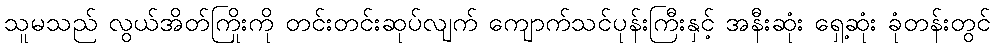
သူမသည် လွယ်အိတ်ကြိုးကို တင်းတင်းဆုပ်လျက် ကျောက်သင်ပုန်းကြီးနှင့် အနီးဆုံး ရှေ့ဆုံး ခုံတန်းတွင်